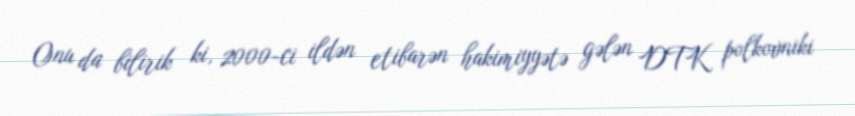
Onu da bilirik ki, 2000-ci ildən etibarən hakimiyyətə gələn DTK polkovniki